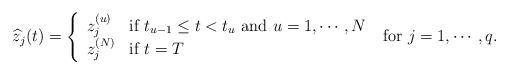
LaTeX: \begin{align*}{}\widehat{z}_{j}(t)=\left\{\begin{array}{ll}z_{j}^{(u)} & \mbox{if }t_{u-1}\leq t<t_{u}\mbox{ and }u=1,\cdots ,N\\z_{j}^{(N)} & \mbox{if }t=T\end{array}\right .\mbox{ for }j=1,\cdots ,q.\end{align*}